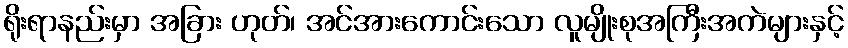
ရိုးရာနည်းမှာ အခြား ဟုတ်၊ အင်အားကောင်းသော လူမျိုးစုအကြီးအကဲများနှင့်